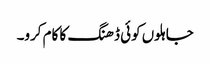
جاہلوں کوئی ڈھنگ کا کام کرو۔